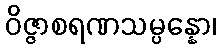
ဝိဇ္ဇာစရဏသမ္ပန္နော၊